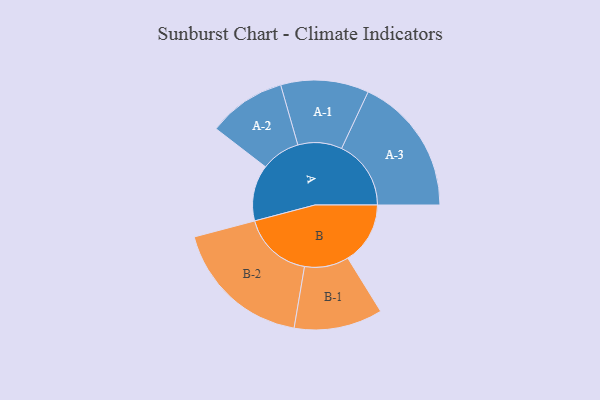
{"axis": {"x": "Segment", "y": "Value"}, "legend": ["", "A", "B"], "data": [{"x": "A", "y": 223, "type": ""}, {"x": "B", "y": 248, "type": ""}, {"x": "A-1", "y": 175, "type": "A"}, {"x": "A-2", "y": 155, "type": "A"}, {"x": "A-3", "y": 276, "type": "A"}, {"x": "B-1", "y": 176, "type": "B"}, {"x": "B-2", "y": 279, "type": "B"}]}